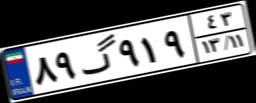
۸۹گ۹۱۹۴۳